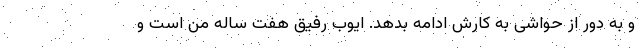
و به دور از حواشی به کارش ادامه بدهد. ایوب رفیق هفت ساله من است و